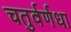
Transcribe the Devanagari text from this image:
चतुर्वर्णधा